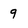
Character: 9